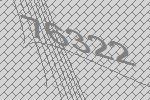
76322